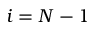
i = N - 1